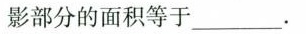
影部分的面积等于___.